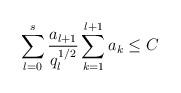
LaTeX: \begin{align*} \sum_{l=0}^s \frac{a_{l+1}}{q_{l}^{1/2}} \sum_{k=1}^{l+1}a_k \leq C\end{align*}